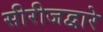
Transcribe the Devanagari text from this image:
सीरीजद्वारे